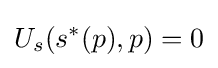
U_{s}(s^{\ast }(p),p)=0